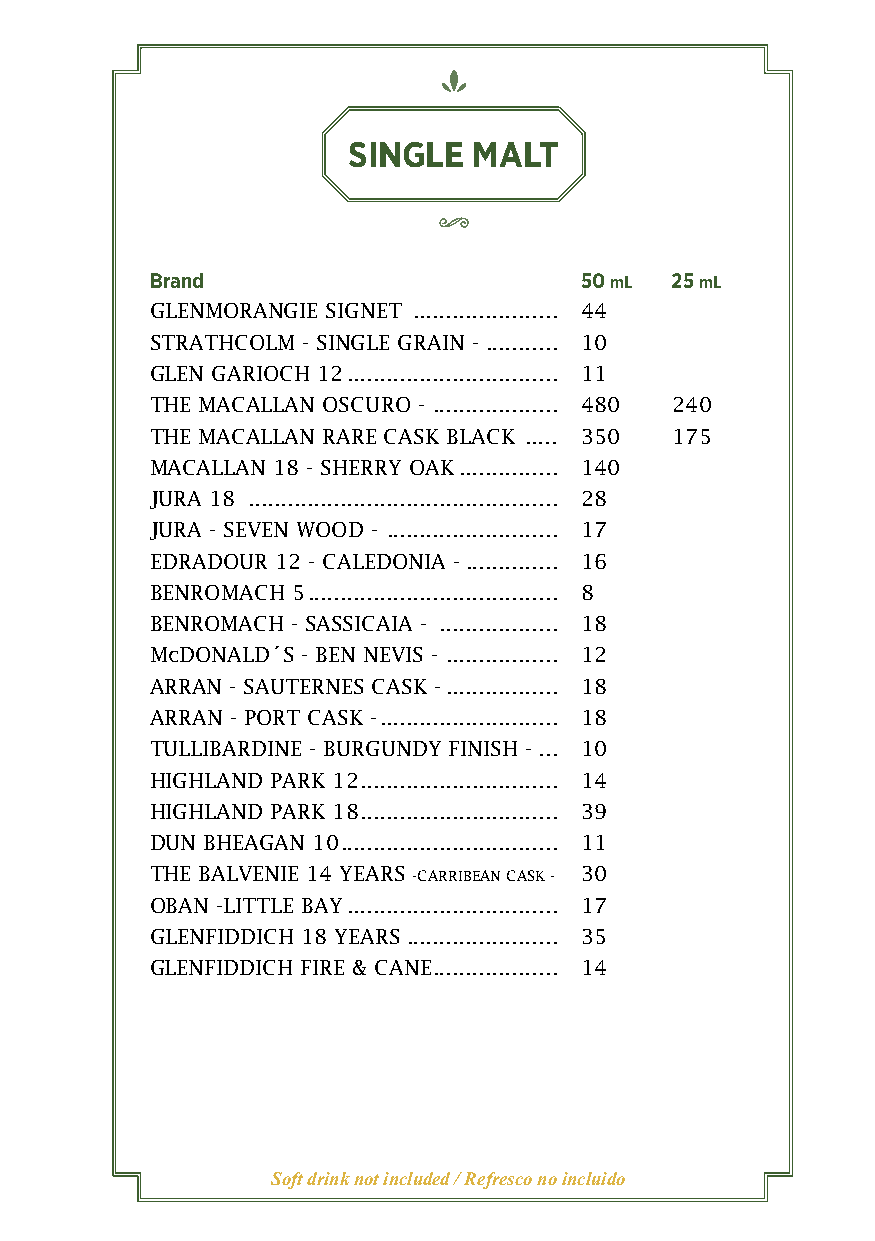
SINGLE  MALT
 Brand                       50 mL 25 mL
 GLENMORANGIE SIGNET ...................... 44
 STRATHCOLM - SINGLE GRAIN - ........... 10
 GLEN GARIOCH 12 ................................ 11
 THE MACALLAN OSCURO - ................... 480 240
 THE MACALLAN RARE CASK BLACK ..... 350 175
 MACALLAN 18 - SHERRY OAK ............... 140
 JURA 18 ............................................... 28
 JURA - SEVEN WOOD - .......................... 17
 EDRADOUR 12 - CALEDONIA - .............. 16
 BENROMACH 5 ...................................... 8
 BENROMACH - SASSICAIA - .................. 18
 McDONALD´S - BEN NEVIS - ................. 12
 ARRAN - SAUTERNES CASK - ................. 18
 ARRAN - PORT CASK - ........................... 18
 TULLIBARDINE - BURGUNDY FINISH - ... 10
 HIGHLAND PARK 12 .............................. 14
 HIGHLAND PARK 18 .............................. 39
 DUN BHEAGAN 10 ................................. 11
 THE BALVENIE 14 YEARS -CARRIBEAN CASK - 30
 OBAN -LITTLE BAY ................................ 17
 GLENFIDDICH 18 YEARS ....................... 35
 GLENFIDDICH FIRE & CANE ................... 14
 Soft drink not included / Refresco no incluido